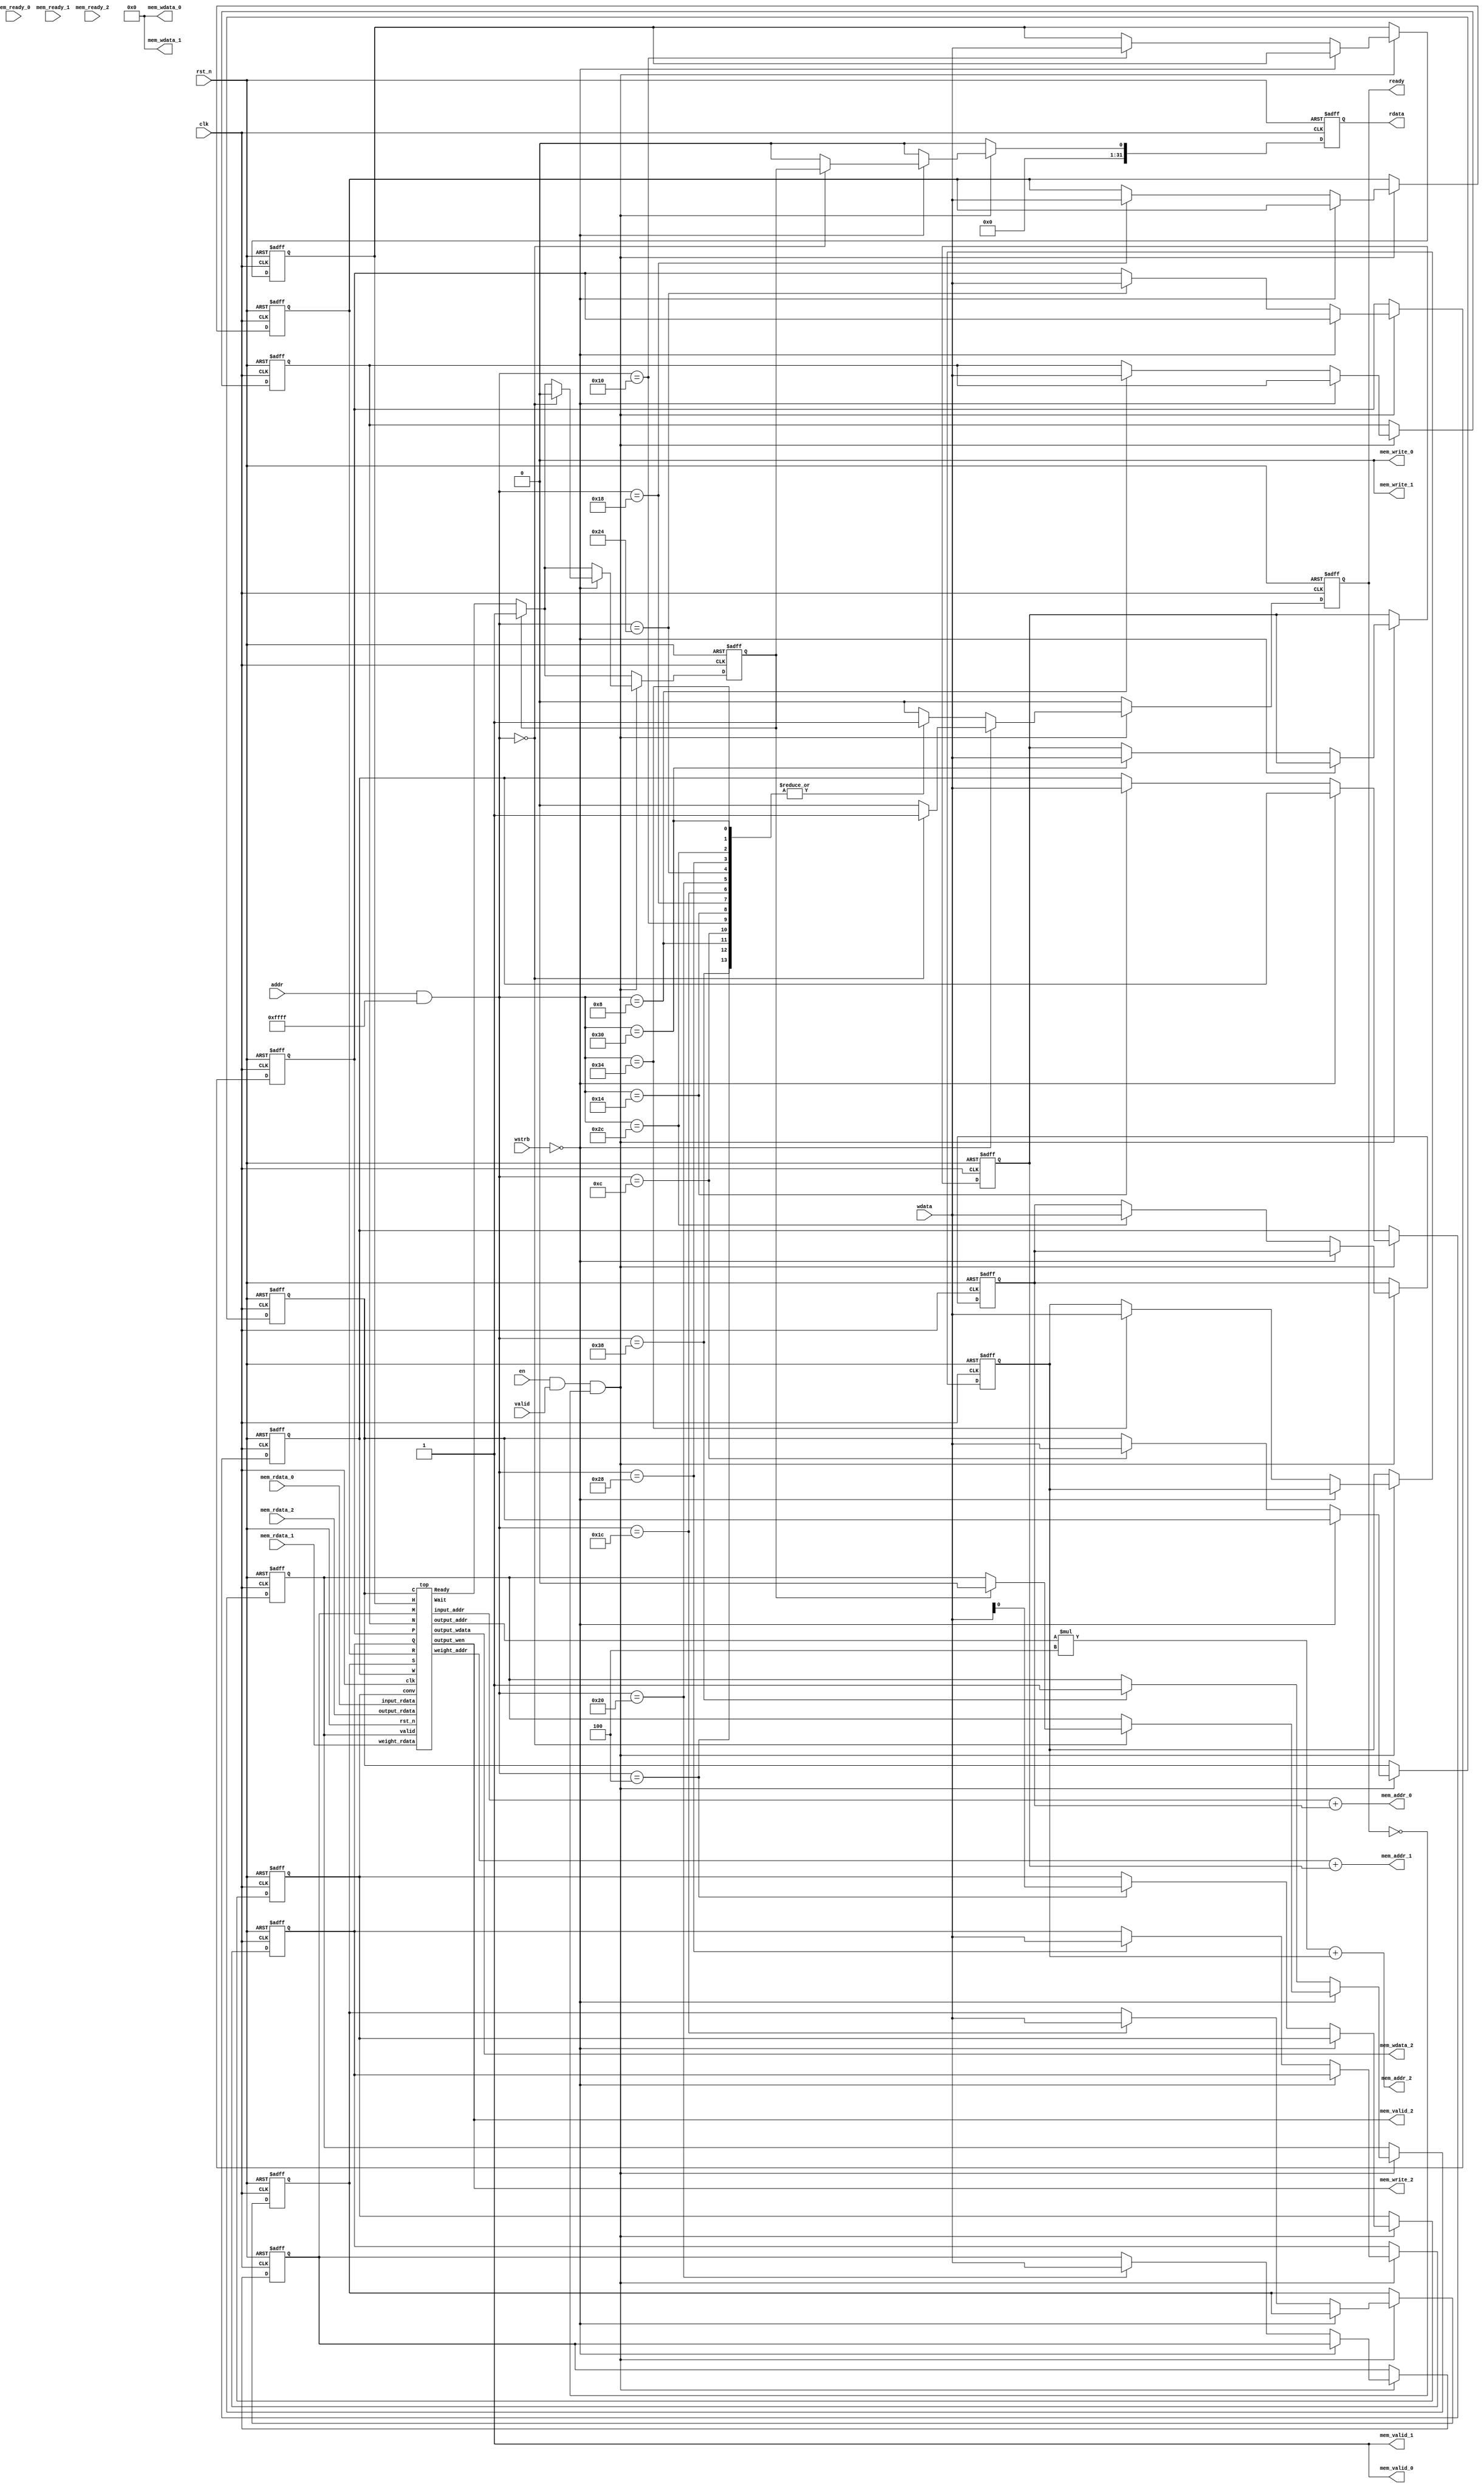
module DNN_MMAP (
    input clk,
    input en,
    input rst_n,
    input [31:0] addr,
    input valid,
    input [3:0] wstrb,
    output reg ready,
    input [31:0] wdata,
    output reg [31:0] rdata,
    
    // Memory interface
    input mem_ready_0,            //
    output mem_valid_0,           //
    output [31:0] mem_addr_0,     // input_addr
    input [31:0] mem_rdata_0,     // input_rdata
    output mem_write_0,           // 
    output [31:0] mem_wdata_0,    // 

    input mem_ready_1,            //
    output mem_valid_1,           //
    output [31:0] mem_addr_1,     // weight_addr
    input [31:0] mem_rdata_1,     // weight_rdata
    output mem_write_1,           //
    output [31:0] mem_wdata_1,    //

    input mem_ready_2,            //
    output mem_valid_2,           //
    output [31:0] mem_addr_2,     // output_addr
    input [31:0] mem_rdata_2,     // output_rdata
    output mem_write_2,           // output_wen
    output [31:0] mem_wdata_2     // output_wdata
);

// DNN_MMAP's address mapping
// TODO 0
// Assign your own memory mapping here
// I have defined some addresses which you may use for your accelerator.
// You can add additional addresses if necessary.

// Keep your memory address alligned to 4 bytes, so you won't run into any trouble.
// Each memory address represents 1 byte, so each MMAP mapping jumps at least 4 bytes = 32bits
// e.g. 0x0, 0x4, 0x8, 0xc
parameter DNN_MMAP_BASE = 32'h4000_0000;
parameter DNN_MMAP_RANG = 32'h0000_ffff;
parameter DNN_MMAP_READ_FINISH = 32'h0000_0000;
parameter DNN_MMAP_WRITE_CONV = 32'h0000_0004; // jump 4bytes = 32bits
parameter DNN_MMAP_WRITE_N  =   32'h0000_0008;
parameter DNN_MMAP_WRITE_C  =   32'h0000_000c;
parameter DNN_MMAP_WRITE_H  =   32'h0000_0010;
parameter DNN_MMAP_WRITE_W  =   32'h0000_0014;
parameter DNN_MMAP_WRITE_R  =   32'h0000_0018;
parameter DNN_MMAP_WRITE_S  =   32'h0000_001c;
parameter DNN_MMAP_WRITE_M  =   32'h0000_0020;
parameter DNN_MMAP_WRITE_P  =   32'h0000_0024;
parameter DNN_MMAP_WRITE_Q  =   32'h0000_0028;
parameter DNN_MMAP_INPUT_OFFSET	 = 32'h0000_002c;
parameter DNN_MMAP_WEIGHT_OFFSET = 32'h0000_0030;
parameter DNN_MMAP_OUTPUT_OFFSET = 32'h0000_0034;
parameter DNN_MMAP_WRITE_START   = 32'h0000_0038;

// Accelerator register
reg start, conv, finish;
reg [31:0] N, C, H, W, R, S, M, P, Q;
reg [31:0] input_offset, weight_offset, output_offset;
wire Ready;

// Internal masked address
wire [31:0] dnn_addr;
assign dnn_addr = (addr) & DNN_MMAP_RANG;

// Accelerator memory port
wire [15:0] input_addr, weight_addr, output_addr;
wire [31:0] output_rdata, output_wdata;
wire [31:0] input_rdata, weight_rdata;
wire output_wen;

// Memory port 1
// TODO 1
// This is for input data in memory.
// The following assignments are for demonstration.
// You need to assign the correct values.
assign mem_valid_0 = 1;
assign mem_addr_0 = input_addr + input_offset;
assign mem_write_0 = 0;
assign mem_wdata_0 = 0;
assign input_rdata = mem_rdata_0;

// Memory port 2
// TODO 2
// This is for weight data in memory.
// The following assignments are for demonstration.
// You need to assign the correct values.
assign mem_valid_1 = 1;
assign mem_addr_1 = weight_addr + weight_offset;
assign mem_write_1 = 0;
assign mem_wdata_1 = 0;
assign weight_rdata = mem_rdata_1;

// Memory port 3
// TODO 3
// This is for output data in memory.
// The following assignments are for demonstration.
// You need to assign the correct values.
// Hint: Since the read/write data is 32bits,
// this memory address will be different to mem_addr_0 and mem_addr_1.
assign mem_valid_2 = output_wen;
assign mem_addr_2 = output_addr*4 + output_offset;
assign mem_write_2 = output_wen;
assign mem_wdata_2 = output_wdata;
assign output_rdata = mem_rdata_2;

/**
 *	This block handles the MMAP request.
 *
 *	Signal description:
 *	[31:0] addr:	MMAP request address
 *	[31:0] wdata:	Data write from master
 *	[31:0] rdata:	Data read from module
 *	[3:0] wstrb:	each bit enables 8-bit write to the 32-bit data
 *	valid:		MMAP request from master
 *	ready:		MMAP request is handled
 */
always @(posedge clk or negedge rst_n)
begin
    if (!rst_n) begin
        start <= 0;
        ready <= 0;
        finish <= 0;
        conv <= 0;
        N <= 0;
        C <= 0;
        H <= 0; 
        W <= 0;
        R <= 0;
        S <= 0;
        M <= 0;
        P <= 0;
        Q <= 0;
        input_offset <= 0;
        weight_offset <= 0;
        output_offset <= 0;
        rdata <= 0;
    end else begin
        start <= start;
        ready <= 0;
        finish <= (finish == 0) ? Ready : 1;
        conv <= conv;
        N <= N;
        C <= C;
        H <= H;
        W <= W;
        R <= R;
        S <= S;
        M <= M;
        P <= P;
        Q <= Q;
        input_offset <= input_offset;
        weight_offset <= weight_offset;
        output_offset <= output_offset;
        rdata <= 0;
        if (en && valid && !ready) begin
            if (!wstrb) begin   //read
                case (dnn_addr)
		            // TODO 4
                    // Implement your MMAP read routine here
                    DNN_MMAP_READ_FINISH: begin
                        rdata <= finish;
                        ready <= 1;
                        finish <= (finish == 1) ? 0 : finish;
                        start <= (finish == 1) ? 0 : start;
                    end
                    default: $display("DNN_MMAP: read invalid reg: %h(%h)", dnn_addr, addr);
                endcase
            end else begin      //write
                case (dnn_addr)
		            // TODO 5
                    // Implement your MMAP write routine here
                    DNN_MMAP_WRITE_CONV: begin
                        conv <= wdata[0];
                        ready <= 1;
                    end

                    DNN_MMAP_WRITE_N: begin
                        N <= wdata;
                        ready <= 1;
                    end

                    DNN_MMAP_WRITE_C: begin
                        C <= wdata;
                        ready <= 1;
                    end

                    DNN_MMAP_WRITE_H: begin
                        H <= wdata;
                        ready <= 1;
                    end

                    DNN_MMAP_WRITE_W: begin
                        W <= wdata;
                        ready <= 1;
                    end

                    DNN_MMAP_WRITE_R: begin
                        R <= wdata;
                        ready <= 1;
                    end

                    DNN_MMAP_WRITE_S: begin
                        S <= wdata;
                        ready <= 1;
                    end

                    DNN_MMAP_WRITE_M: begin
                        M <= wdata;
                        ready <= 1;
                    end

                    DNN_MMAP_WRITE_P: begin
                        P <= wdata;
                        ready <= 1;
                    end

                    DNN_MMAP_WRITE_Q: begin
                        Q <= wdata;
                        ready <= 1;
                    end

                    DNN_MMAP_INPUT_OFFSET: begin
                        input_offset <= wdata;
                        ready <= 1;
                    end

                    DNN_MMAP_WEIGHT_OFFSET: begin
                        weight_offset <= wdata;
                        ready <= 1;
                    end

                    DNN_MMAP_OUTPUT_OFFSET: begin
                        output_offset <= wdata;
                        ready <= 1;
                    end
                    DNN_MMAP_WRITE_START: begin
                        ready <= 1;
                        start <= 1;
                    end

                    default: $display("DNN_MMAP: write invalid reg: %h(%h)", dnn_addr, addr);
                endcase
            end
        end
    end
end

// your homework 3 design
top top01(
    .clk(clk),
    .rst_n(rst_n),
    .valid(start),
    .conv(conv),
    .Wait(), // we only use in pcpi
    .Ready(Ready),
    .input_addr(input_addr),
    .input_rdata(input_rdata),
    .weight_addr(weight_addr),
    .weight_rdata(weight_rdata),
    .output_wen(output_wen),
    .output_addr(output_addr),
    .output_rdata(output_rdata),
    .output_wdata(output_wdata),
    .N(N),
    .C(C),
    .H(H),
    .W(W),
    .R(R),
    .S(S),
    .M(M),
    .P(P),
    .Q(Q)
);

endmodule

// TODO 6

`define init 8'd0 
`define set1 8'd1
`define set2_get1 8'd2
`define set3_get2 8'd3
`define set4_get3 8'd4
`define get4 8'd5
`define dummy1 8'd6
`define dummy2 8'd7
`define loop1 8'd8
`define loop2 8'd9
`define loop3 8'd10
`define loop4 8'd11
`define wait_to_finish 8'd41
`define last 8'd42
`define done 8'd43

`define clk1 8'd12
`define clk2 8'd13
`define clk3 8'd14
`define clk4 8'd15
`define clk5 8'd16
`define clk6 8'd17
`define clk7 8'd18
`define stl1 8'd22
`define stl2 8'd23
`define idle 8'd24
`define send1 8'd25
`define send2 8'd26
`define send3 8'd27
`define send4 8'd28
`define send5 8'd29
`define send6 8'd30
`define send7 8'd31
`define send8 8'd32
`define send9 8'd33
`define send10 8'd34
`define send11 8'd35
`define send12 8'd36
`define send13 8'd37
`define send14 8'd38
`define send15 8'd39
`define send16 8'd40

`define fc 1'b0
`define conv 1'b1


module top (
    input clk,
    input rst_n,
    input valid,
    input conv,
    output reg Wait,
    output reg Ready,
    output reg [15:0] input_addr,
    input [31:0] input_rdata,
    output reg [15:0] weight_addr,
    input [31:0] weight_rdata,
    output reg output_wen,
    output reg [15:0] output_addr,
    input signed [31:0] output_rdata,
    output reg signed [31:0] output_wdata,
    input [31:0] N,
    input [31:0] C,
    input [31:0] H,
    input [31:0] W,
    input [31:0] R,
    input [31:0] S,
    input [31:0] M,
    input [31:0] P,
    input [31:0] Q
);

    // state 
    reg [7:0] state, next_state;

    // 8 buffer -> 4 row & 4 col
    reg signed [31:0] next_row1_buf, next_row2_buf, next_row3_buf, next_row4_buf; 
    reg signed [31:0] row1_buf, row2_buf, row3_buf, row4_buf; 
    reg signed [31:0] next_col1_buf, next_col2_buf, next_col3_buf, next_col4_buf; 
    reg signed [31:0] col1_buf, col2_buf, col3_buf, col4_buf; 
    reg [15:0] output_addr_, next_output_addr;

    // output data storage
    reg signed [31:0] sa1, sa2, sa3, sa4, sa5, sa6, sa7, sa8, sa9, sa10, sa11, sa12, sa13, sa14, sa15, sa16;
    reg signed [31:0] next_sa1, next_sa2, next_sa3, next_sa4, next_sa5, next_sa6, next_sa7, next_sa8, next_sa9, next_sa10, next_sa11, next_sa12, next_sa13, next_sa14, next_sa15, next_sa16;
    wire signed [31:0] _sa1, _sa2, _sa3, _sa4, _sa5, _sa6, _sa7, _sa8, _sa9, _sa10, _sa11, _sa12, _sa13, _sa14, _sa15, _sa16;

    // cnt for input & weight
    // cnt for channel 
    // num of weight kernel
    reg [15:0] ch, next_ch;
    reg [15:0] ip_r, ip_c, next_ip_r, next_ip_c; 
    reg [15:0] wt_r, wt_c, next_wt_r, next_wt_c, wt_num, next_wt_num;

    // output w state
    reg [7:0] opw_state, next_opw_state;

    // first round
    reg [5:0] first_round, next_first_round;

    // -----------------------------------------------------------------------------------
    // flag
    reg flag, next_flag;
    always @(*) begin
        next_flag = flag;
        if (state == `init) begin
            next_flag = 0;
        end
        else if (state == `loop4) begin
            next_flag = 1;
        end
    end
    always @(posedge clk, negedge rst_n) begin
        if (rst_n == 0) begin
            flag = 0;
        end
        else begin
            flag = next_flag;
        end
    end

    // -----------------------------------------------------------------------------------

    // row1 buffer
    always @(*) begin
        if (state == `set2_get1 || state == `loop2) begin
            if (conv == `conv) begin
                if (ip_c == 16'd24) begin
                    next_row1_buf = {24'd0, input_rdata[7:0]};
                end
                else begin
                    next_row1_buf = input_rdata;
                end
            end
            else begin
                next_row1_buf = input_rdata;
            end
        end
        else if (state == `dummy1 || state == `dummy2 || state == `loop1
        || state == `loop3 || state == `loop4 || opw_state == `stl1) begin
            next_row1_buf = {8'b00000000, row1_buf[31:8]};
        end
        else begin
            next_row1_buf = row1_buf;
        end
    end

    // row2 buffer
    always @(*) begin
        if (state == `set3_get2 || state == `loop3) begin
            if (conv == `conv) begin
                if (ip_c == 16'd24) begin
                    next_row2_buf = {24'd0, input_rdata[7:0]};
                end
                else begin
                    next_row2_buf = input_rdata;
                end
            end
            else begin
                next_row2_buf = input_rdata;
            end
        end
        else if (state == `dummy2 || state == `loop1
        || state == `loop2 || state == `loop4 || opw_state == `stl1 || opw_state == `stl2) begin
            next_row2_buf = {8'b00000000, row2_buf[31:8]};
        end
        else begin
            next_row2_buf = row2_buf;
        end
    end

    // row3 buffer
    always @(*) begin
        if (state == `set4_get3 || state == `loop4) begin
            if (conv == `conv) begin
                if (ip_c == 16'd24) begin
                    next_row3_buf = {24'd0, input_rdata[7:0]};
                end
                else begin
                    next_row3_buf = input_rdata;
                end
            end
            else begin
                next_row3_buf = input_rdata;
            end
        end
        else if (state == `loop1 || state == `loop2 || state == `loop3 || opw_state == `stl1 || opw_state == `stl2 || opw_state == `clk1) begin
            next_row3_buf = {8'b00000000, row3_buf[31:8]};
        end
        else begin
            next_row3_buf = row3_buf;
        end
    end

    // row4 buffer
    always @(*) begin
        if (state == `get4 || (state == `loop1 && flag == 1) || opw_state == `stl1) begin
            if (conv == `conv) begin
                if (ip_c == 16'd0) begin
                    next_row4_buf = {24'd0, input_rdata[7:0]};
                end
                else begin
                    next_row4_buf = input_rdata;
                end
            end
            else begin
                next_row4_buf = input_rdata;
            end
        end
        else if (state == `loop2 || state == `loop3 || state == `loop4 || opw_state == `clk2 || opw_state == `stl2 || opw_state == `clk1) begin
            next_row4_buf = {8'b00000000, row4_buf[31:8]};
        end
        else begin
            next_row4_buf = row4_buf;
        end
    end

    // col1 buffer
    always @(*) begin
        if (state == `set2_get1 || state == `loop2) begin
            if (conv == `conv) begin
                if (wt_r == 16'd24) begin
                    next_col1_buf = {24'd0, weight_rdata[7:0]};
                end
                else begin
                    next_col1_buf = weight_rdata;
                end
            end
            else begin
                next_col1_buf = weight_rdata;
            end
        end
        else if (state == `dummy1 || state == `dummy2 || state == `loop1
        || state == `loop3 || state == `loop4 || opw_state == `stl1) begin
            next_col1_buf = {8'b00000000, col1_buf[31:8]};
        end
        else begin
            next_col1_buf = col1_buf;
        end
    end

    // col2 buffer
    always @(*) begin
        if (state == `set3_get2 || state == `loop3) begin
            if (conv == `conv) begin
                if (wt_r == 16'd24) begin
                    next_col2_buf = {24'd0, weight_rdata[7:0]};
                end
                else begin
                    next_col2_buf = weight_rdata;
                end
            end
            else begin
                next_col2_buf = weight_rdata;
            end
        end
        else if (state == `dummy2 || state == `loop1
        || state == `loop2 || state == `loop4 || opw_state == `stl1 || opw_state == `stl2) begin
            next_col2_buf = {8'b00000000, col2_buf[31:8]};
        end
        else begin
            next_col2_buf = col2_buf;
        end
    end

    // col3 buffer
    always @(*) begin
        if (state == `set4_get3 || state == `loop4) begin
            if (conv == `conv) begin
                if (wt_r == 16'd24) begin
                    next_col3_buf = {24'd0, weight_rdata[7:0]};
                end
                else begin
                    next_col3_buf = weight_rdata;
                end
            end
            else begin
                next_col3_buf = weight_rdata;
            end
        end
        else if (state == `loop1 || state == `loop2 || state == `loop3 || opw_state == `stl1 || opw_state == `stl2 || opw_state == `clk1) begin
            next_col3_buf = {8'b00000000, col3_buf[31:8]};
        end
        else begin
            next_col3_buf = col3_buf;
        end
    end

    // col4 buffer
    always @(*) begin
        if (state == `get4 || (state == `loop1 && flag == 1) || opw_state == `stl1) begin
            if (conv == `conv) begin
                if (wt_r == 16'd0) begin
                    next_col4_buf = {24'd0, weight_rdata[7:0]};
                end
                else begin
                    next_col4_buf = weight_rdata;
                end
            end
            else begin
                next_col4_buf = weight_rdata;
            end
        end
        else if (state == `loop2 || state == `loop3 || state == `loop4 || opw_state == `clk2 || opw_state == `stl2 || opw_state == `clk1) begin
            next_col4_buf = {8'b00000000, col4_buf[31:8]};
        end
        else begin
            next_col4_buf = col4_buf;
        end
    end

    // sequential 
    always @(posedge clk, negedge rst_n) begin
        if (rst_n == 0) begin
            row1_buf = 32'd0;
            col1_buf = 32'd0;
            row2_buf = 32'd0;
            col2_buf = 32'd0;
            row3_buf = 32'd0;
            col3_buf = 32'd0;
            row4_buf = 32'd0;
            col4_buf = 32'd0;
        end
        else begin
            row1_buf = next_row1_buf;
            col1_buf = next_col1_buf;
            row2_buf = next_row2_buf;
            col2_buf = next_col2_buf;
            row3_buf = next_row3_buf;
            col3_buf = next_col3_buf;
            row4_buf = next_row4_buf;
            col4_buf = next_col4_buf;
        end
    end
    // ----------------------------------------------------------------------

    // input address
    always @(*) begin
        input_addr = 16'd0;
        if (conv == `conv) begin
            case (state)
                `set1: begin
                    input_addr = ch * H * W + ip_r * W + ip_c;
                end 
                `set2_get1: begin
                    input_addr = ch * H * W + ip_r * W + ip_c + W;
                end
                `set3_get2: begin
                    input_addr = ch * H * W + ip_r * W + ip_c + 2 * W;
                end
                `set4_get3: begin
                    input_addr = ch * H * W + ip_r * W + ip_c + 3 * W;
                end
                `loop1: begin
                    input_addr = ch * H * W + ip_r * W + ip_c;
                end
                `loop2: begin
                    input_addr = ch * H * W + ip_r * W + ip_c + W;
                end
                `loop3: begin
                    input_addr = ch * H * W + ip_r * W + ip_c + 2 * W;
                end
                `loop4: begin
                    input_addr = ch * H * W + ip_r * W + ip_c + 3 * W;
                end
            endcase
        end
        else begin // fc
            case (state)
                `set1: begin
                    input_addr = ip_r;
                end 
                `set2_get1: begin
                    input_addr = ip_r;
                end
                `set3_get2: begin
                    input_addr = ip_r;
                end
                `set4_get3: begin
                    input_addr = ip_r;
                end
                `loop1: begin
                    input_addr = ip_r;
                end
                `loop2: begin
                    input_addr = ip_r;
                end
                `loop3: begin
                    input_addr = ip_r;
                end
                `loop4: begin
                    input_addr = ip_r;
                end
            endcase
        end
    end

    // -----------------------------------------------------------------------

    // weight address
    always @(*) begin
        weight_addr = 16'd0;
        if (conv == `conv) begin
            case (state)
                `set1: begin
                    weight_addr = wt_num * C * R + ch * R + wt_r;
                end 
                `set2_get1: begin
                    weight_addr = wt_num * C * R + ch * R + wt_r + C * R;
                end
                `set3_get2: begin
                    weight_addr = wt_num * C * R + ch * R + wt_r + 2 * C * R;
                end
                `set4_get3: begin
                    weight_addr = wt_num * C * R + ch * R + wt_r + 3 * C * R;
                end
                `loop1: begin
                    weight_addr = wt_num * C * R + ch * R + wt_r;
                end 
                `loop2: begin
                    weight_addr = wt_num * C * R + ch * R + wt_r + C * R;
                end
                `loop3: begin
                    weight_addr = wt_num * C * R + ch * R + wt_r + 2 * C * R;
                end
                `loop4: begin
                    weight_addr = wt_num * C * R + ch * R + wt_r + 3 * C * R;
                end
            endcase
        end
        else begin
            case (state)
                `set1: begin
                    weight_addr = wt_r * S + wt_c;
                end 
                `set2_get1: begin
                    weight_addr = wt_r * S + wt_c + S;
                end
                `set3_get2: begin
                    weight_addr = wt_r * S + wt_c + 2 * S;
                end
                `set4_get3: begin
                    weight_addr = wt_r * S + wt_c + 3 * S;
                end
                `loop1: begin
                    weight_addr = wt_r * S + wt_c;
                end 
                `loop2: begin
                    weight_addr = wt_r * S + wt_c + S;
                end
                `loop3: begin
                    weight_addr = wt_r * S + wt_c + 2 * S;
                end
                `loop4: begin
                    weight_addr = wt_r * S + wt_c + 3 * S;
                end
            endcase
        end
    end

    // -----------------------------------------------------------------------

    // output address
    always @(*) begin
        next_output_addr = output_addr;
        if (state == `init) begin
            next_output_addr = 16'd0;
        end
        else begin
            if (conv == `conv) begin
                case (opw_state)
                    `send1, `send2, `send3, `send5, `send6, `send7, 
                    `send9, `send10, `send11, `send13, `send14, `send15: begin
                        next_output_addr = output_addr + H;
                    end 
                    `send4, `send8, `send12, `send16: begin
                        if (output_addr == 16'd399 || output_addr == 16'd799 || output_addr == 16'd1199) begin
                            next_output_addr = output_addr + 1;
                        end
                        else begin
                            next_output_addr = output_addr - 3 * H + 1;
                        end
                    end
                endcase
            end
            else begin 
                if (opw_state == `send1 || opw_state == `send6 || opw_state == `send11 || opw_state == `send16) begin
                    next_output_addr = output_addr + 1;
                end
                else begin
                    next_output_addr = output_addr;
                end
            end
        end 
    end
    // sequential
    always @(posedge clk, negedge rst_n) begin
        if (rst_n == 0) begin
            output_addr = 16'd0;
        end
        else begin
            output_addr = next_output_addr;
        end
    end

    // ------------------------------------------------------------------------


    // output wen
    always @(*) begin
        output_wen = 0;
        case (opw_state) 
            `send1, `send2, `send3, `send4, `send5, `send6, `send7, `send8, `send9, `send10, 
            `send11, `send12, `send13, `send14, `send15, `send16: begin
                output_wen = 1;    
            end 
        endcase
    end

    // -------------------------------------------------------------------------


    // --- state ---
    // combinational 
    always @(*) begin
        next_state = state;
        next_ch = ch;
        next_ip_r = ip_r;
        next_ip_c = ip_c;
        next_wt_r = wt_r;
        next_wt_c = wt_c;
        next_wt_num = wt_num;
        case (state)
            `init: begin
                if (valid == 1'b1) begin
                    next_state = `set1;
                end
                else begin
                    next_state = `init;
                end 
                next_ch = 16'd0;
                next_ip_r = 16'd0;
                next_ip_c = 16'd0;
                next_wt_r = 16'd0;
                next_wt_c = 16'd0;
                next_wt_num = 16'd0;
            end
            `set1: begin
                next_state = `set2_get1;
            end
            `set2_get1: begin // get 1
                next_state = `set3_get2;
            end
            `set3_get2: begin // get 2
                next_state = `set4_get3;
            end
            `set4_get3: begin // get 3
                next_state = `get4;
                if (conv == `conv) begin
                    next_ip_c = ip_c + 16'd4;
                    next_wt_r = wt_r + 16'd4;
                end
                else begin
                    next_ip_r = ip_r + 16'd4;
                    next_wt_c = wt_c + 16'd4;
                end
            end
            `get4: begin
                next_state = `dummy1;
            end
            `dummy1: begin
                next_state = `dummy2;
            end
            `dummy2: begin
                next_state = `loop1;
            end
            `loop1: begin
                next_state = `loop2;
            end
            `loop2: begin
                next_state = `loop3;
            end
            `loop3: begin
                next_state = `loop4;
            end
            `loop4: begin
                if (conv == `conv) begin
                    if (ip_c + 4 < W) begin
                        next_ch = ch;
                        next_ip_r = ip_r;
                        next_ip_c = ip_c + 16'd4;
                        next_wt_r = wt_r + 16'd4;
                        next_state = `loop1;
                    end
                    else begin
                        if (ch == C - 1) begin
                            if (ip_r + 4 < H) begin
                                next_ip_r = ip_r + 16'd4;
                                next_ip_c = 16'd0;
                                next_ch = 16'd0;
                                next_wt_r = 16'd0;
                                next_wt_num = wt_num;
                                next_state = `loop1;
                            end
                            else begin
                                if (wt_num + 4 < M) begin
                                    next_ip_r = 16'd0;
                                    next_ip_c = 16'd0;
                                    next_ch = 16'd0;
                                    next_wt_r = 16'd0;
                                    next_wt_num = wt_num + 16'd4;
                                    next_state = `loop1;
                                end
                                else begin
                                    // next_ip_r = 16'd0;
                                    next_ip_c = 16'd0;
                                    next_ch = 16'd0;
                                    next_wt_r = 16'd0;
                                    // next_wt_num = wt_num + 16'd4;
                                    next_state = `wait_to_finish;
                                end
                            end
                        end
                        else begin
                            next_ip_r = ip_r;
                            next_ip_c = 16'd0;
                            next_ch = ch + 16'd1;
                            next_wt_r = 16'd0;
                            next_state = `loop1;
                        end
                    end
                end
                else begin // fc
                    if (ip_r + 4 < H) begin
                        next_ip_r = ip_r + 16'd4;
                        next_wt_c = wt_c + 16'd4;
                        next_wt_r = wt_r;
                        next_state = `loop1;
                    end
                    else begin
                        if (wt_r + 4 < R) begin
                            next_ip_r = 16'd0;
                            next_wt_c = 16'd0;
                            next_wt_r = wt_r + 16'd4;
                            next_state = `loop1;
                        end
                        else begin
                            // next_ip_r = 16'd0;
                            // next_wt_c = 16'd0;
                            // next_wt_r = wt_r + 16'd4;
                            next_state = `wait_to_finish;
                        end
                    end
                end
            end
            `wait_to_finish: begin
                if (opw_state == `send16) begin
                    next_state = `last;
                end
            end
            `last: begin
                next_state = `done;
            end
            `done: begin
                next_state = `init;
            end
        endcase
    end

    // output write data state
    always @(*) begin
        next_opw_state = opw_state;
        case (opw_state)
            `idle: begin
                if (state == `loop4) begin
                    if (conv == `conv) begin
                        if (ip_c + 4 >= W) begin
                            if (ch == C - 1) begin
                                next_opw_state = `stl1;
                            end
                        end
                    end
                    else begin // fc
                        if (ip_r + 4 >= H) begin
                            next_opw_state = `stl1;
                        end
                    end
                end
            end 
            `stl1: begin
                next_opw_state = `stl2;
            end
            `stl2: begin
                next_opw_state = `clk1;
            end
            `clk1: begin
                next_opw_state = `clk2;
            end
            `clk2: begin
                next_opw_state = `clk3;
            end
            `clk3: begin
                next_opw_state = `clk4;
            end
            `clk4: begin
                next_opw_state = `clk5;
            end
            `clk5: begin
                next_opw_state = `clk6;
            end
            `clk6: begin
                next_opw_state = `clk7;
            end
            `clk7: begin
                next_opw_state = `send1;
            end
            `send1: begin
                if (conv == `conv) next_opw_state = `send2;
                else next_opw_state = `send6;
            end
            `send2: begin
                next_opw_state = `send3;
            end
            `send3: begin
                next_opw_state = `send4;
            end
            `send4: begin
                next_opw_state = `send5;
            end
            `send5: begin
                next_opw_state = `send6;
            end
            `send6: begin
                if (conv == `conv) next_opw_state = `send7;
                else next_opw_state = `send11;
            end
            `send7: begin
                next_opw_state = `send8;
            end
            `send8: begin
                next_opw_state = `send9;
            end
            `send9: begin
                next_opw_state = `send10;
            end
            `send10: begin
                next_opw_state = `send11;
            end
            `send11: begin
                if (conv == `conv) next_opw_state = `send12;
                else next_opw_state = `send16;
            end
            `send12: begin
                next_opw_state = `send13;
            end
            `send13: begin
                next_opw_state = `send14;
            end
            `send14: begin
                next_opw_state = `send15;
            end
            `send15: begin
                next_opw_state = `send16;
            end
            `send16: begin
                next_opw_state = `idle;
            end
        endcase
    end

    // sequential
    always @(posedge clk, negedge rst_n) begin
        if (rst_n == 0) begin
            state = `init;
            opw_state = `idle;
            ch = 16'd0;
            ip_r = 16'd0;
            ip_c = 16'd0;
            wt_r = 16'd0;
            wt_c = 16'd0;
            wt_num = 16'd0;
        end
        else begin
            state = next_state;
            opw_state = next_opw_state;
            ch = next_ch;
            ip_r = next_ip_r;
            ip_c = next_ip_c;
            wt_r = next_wt_r;
            wt_c = next_wt_c;
            wt_num = next_wt_num;
        end
    end



    // -------------------------------------------------------
    // ready & wait
    always @(*) begin
        if (state == `done) begin
            Ready = 1;
            Wait = 1;
        end
        else begin
            Ready = 0;
            Wait = 0;
        end
    end

    // -------------------------------------------------------
    // first round
    always @(*) begin
        if (state == `init) begin
            next_first_round = 6'd0;
        end
        else if (state == `get4 || opw_state == `stl2) begin
            next_first_round = 6'd1;
        end
        else begin
            if (first_round == 6'd8) begin
                next_first_round = first_round;
            end
            else begin
                next_first_round = first_round + 6'd1;
            end
        end
    end
    always @(posedge clk, negedge rst_n) begin
        if (rst_n == 0) begin
            first_round = 6'd0;
        end
        else begin
            first_round = next_first_round;
        end
    end

    // -------------------------------------------------------
    SA systolic_array(
    .clk(clk), .rst_n(rst_n), .first_round(first_round),
    .r1(row1_buf[7:0]), .r2(row2_buf[7:0]), .r3(row3_buf[7:0]), .r4(row4_buf[7:0]),
    .c1(col1_buf[7:0]), .c2(col2_buf[7:0]), .c3(col3_buf[7:0]), .c4(col4_buf[7:0]),
    .sa1(_sa1), .sa2(_sa2), .sa3(_sa3), .sa4(_sa4), .sa5(_sa5), .sa6(_sa6), .sa7(_sa7), .sa8(_sa8),
    .sa9(_sa9), .sa10(_sa10), .sa11(_sa11), .sa12(_sa12), .sa13(_sa13), .sa14(_sa14), .sa15(_sa15), .sa16(_sa16)
    );

    always @(*) begin
        next_sa1 = sa1;
        next_sa2 = sa2;
        next_sa3 = sa3;
        next_sa4 = sa4;
        next_sa5 = sa5;
        next_sa6 = sa6;
        next_sa7 = sa7;
        next_sa8 = sa8;
        next_sa9 = sa9;
        next_sa10 = sa10;
        next_sa11 = sa11;
        next_sa12 = sa12;
        next_sa13 = sa13;
        next_sa14 = sa14;
        next_sa15 = sa15;
        next_sa16 = sa16;
        case (opw_state)
            `clk1: begin
                next_sa1 = _sa1;
            end 
            `clk2: begin
                next_sa2 = _sa2;
                next_sa5 = _sa5;
            end 
            `clk3: begin
                next_sa3 = _sa3;
                next_sa6 = _sa6;
                next_sa9 = _sa9;
            end 
            `clk4: begin
                next_sa4 = _sa4;
                next_sa7 = _sa7;
                next_sa10 = _sa10;
                next_sa13 = _sa13;
            end 
            `clk5: begin
                next_sa8 = _sa8;
                next_sa11 = _sa11;
                next_sa14 = _sa14;
            end 
            `clk6: begin
                next_sa12 = _sa12;
                next_sa15 = _sa15;
            end 
            `clk7: begin
                next_sa16 = _sa16;
            end  
        endcase
    end

    always @(posedge clk, negedge rst_n) begin
        if (rst_n == 0) begin
            sa1 = 32'd0;
            sa2 = 32'd0;
            sa3 = 32'd0;
            sa4 = 32'd0;
            sa5 = 32'd0;
            sa6 = 32'd0;
            sa7 = 32'd0;
            sa8 = 32'd0;
            sa9 = 32'd0;
            sa10 = 32'd0;
            sa11 = 32'd0;
            sa12 = 32'd0;
            sa13 = 32'd0;
            sa14 = 32'd0;
            sa15 = 32'd0;
            sa16 = 32'd0;
        end
        else begin
            sa1 = next_sa1;
            sa2 = next_sa2;
            sa3 = next_sa3;
            sa4 = next_sa4;
            sa5 = next_sa5;
            sa6 = next_sa6;
            sa7 = next_sa7;
            sa8 = next_sa8;
            sa9 = next_sa9;
            sa10 = next_sa10;
            sa11 = next_sa11;
            sa12 = next_sa12;
            sa13 = next_sa13;
            sa14 = next_sa14;
            sa15 = next_sa15;
            sa16 = next_sa16;
        end
    end

// ----------------------------------------------------------

    // output_wdata TODO
    always @(*) begin
        output_wdata = 32'd0;
        case (opw_state)
            `send1: begin
                output_wdata = sa1;
            end
            `send2: begin
                output_wdata = sa2;
            end
            `send3: begin
                output_wdata = sa3;
            end
            `send4: begin
                output_wdata = sa4;
            end
            `send5: begin
                output_wdata = sa5;
            end
            `send6: begin
                output_wdata = sa6;
            end
            `send7: begin
                output_wdata = sa7;
            end
            `send8: begin
                output_wdata = sa8;
            end
            `send9: begin
                output_wdata = sa9;
            end
            `send10: begin
                output_wdata = sa10;
            end
            `send11: begin
                output_wdata = sa11;
            end
            `send12: begin
                output_wdata = sa12;
            end
            `send13: begin
                output_wdata = sa13;
            end
            `send14: begin
                output_wdata = sa14;
            end
            `send15: begin
                output_wdata = sa15;
            end
            `send16: begin
                output_wdata = sa16;
            end
        endcase
    end
endmodule

module SA (
    clk, rst_n, first_round, r1, r2, r3, r4, c1, c2, c3, c4,
    sa1, sa2, sa3, sa4, sa5, sa6, sa7, sa8, sa9, sa10, sa11, sa12, sa13,
    sa14, sa15, sa16
);

    input clk;
    input rst_n;
    input [5:0] first_round;
    input signed [7:0] r1, r2, r3, r4;
    input signed [7:0] c1, c2, c3, c4;

    // systolic array stored value
    output reg signed [31:0] sa1, sa2, sa3, sa4, sa5, sa6, sa7, sa8, sa9, sa10, sa11, sa12, sa13, sa14, sa15, sa16;
    reg signed [31:0] next_sa1, next_sa2, next_sa3, next_sa4, next_sa5, next_sa6, next_sa7, next_sa8, next_sa9, next_sa10, next_sa11, next_sa12, next_sa13, next_sa14, next_sa15, next_sa16;

    // systolic array output (row & column)
    reg signed [7:0] sa1_r, sa1_c, sa2_r, sa2_c, sa3_r, sa3_c, sa4_r, sa4_c, sa5_r, sa5_c, sa6_r, sa6_c, sa7_r, sa7_c, sa8_r, sa8_c;
    reg signed [7:0] sa9_r, sa9_c, sa10_r, sa10_c, sa11_r, sa11_c, sa12_r, sa12_c, sa13_r, sa13_c, sa14_r, sa14_c, sa15_r, sa15_c, sa16_r, sa16_c;
    reg signed [7:0] next_sa1_r, next_sa1_c, next_sa2_r, next_sa2_c, next_sa3_r, next_sa3_c, next_sa4_r, next_sa4_c, next_sa5_r, next_sa5_c, next_sa6_r, next_sa6_c, next_sa7_r, next_sa7_c, next_sa8_r, next_sa8_c;
    reg signed [7:0] next_sa9_r, next_sa9_c, next_sa10_r, next_sa10_c, next_sa11_r, next_sa11_c, next_sa12_r, next_sa12_c, next_sa13_r, next_sa13_c, next_sa14_r, next_sa14_c, next_sa15_r, next_sa15_c, next_sa16_r, next_sa16_c;

    // combinational
    always @(*) begin
        // sa1
        next_sa1_r = r1;
        next_sa1_c = c1;
        if (first_round == 6'd1) begin
            next_sa1 = r1 * c1;
        end
        else begin
            next_sa1 = sa1 + r1 * c1;
        end

        // sa2
        next_sa2_r = sa1_r;
        next_sa2_c = c2;
        if (first_round == 6'd2) begin
            next_sa2 = sa1_r * c2;
        end
        else begin
            next_sa2 = sa2 + sa1_r * c2;
        end

        // sa3
        next_sa3_r = sa2_r;
        next_sa3_c = c3;
        if (first_round == 6'd3) begin
            next_sa3 = sa2_r * c3;
        end
        else begin
            next_sa3 = sa3 + sa2_r * c3;
        end
        

        // sa4
        next_sa4_r = sa3_r;
        next_sa4_c = c4;
        if (first_round == 6'd4) begin
            next_sa4 = sa3_r * c4;
        end
        else begin
            next_sa4 = sa4 + sa3_r * c4;
        end
        

        // sa5
        next_sa5_r = r2;
        next_sa5_c = sa1_c;
        if (first_round == 6'd2) begin
            next_sa5 = r2 * sa1_c;
        end
        else begin
            next_sa5 = sa5 + r2 * sa1_c;
        end
        

        // sa6
        next_sa6_r = sa5_r;
        next_sa6_c = sa2_c;
        if (first_round == 6'd3) begin
            next_sa6 = sa5_r * sa2_c;
        end
        else begin
            next_sa6 = sa6 + sa5_r * sa2_c;
        end
        

        // sa7
        next_sa7_r = sa6_r;
        next_sa7_c = sa3_c;
        if (first_round == 6'd4) begin
            next_sa7 = sa6_r * sa3_c;
        end
        else begin
            next_sa7 = sa7 + sa6_r * sa3_c;
        end    

        // sa8
        next_sa8_r = sa7_r;
        next_sa8_c = sa4_c;
        if (first_round == 6'd5) begin
            next_sa8 = sa7_r * sa4_c;
        end
        else begin
            next_sa8 = sa8 + sa7_r * sa4_c;
        end

        // sa9
        next_sa9_r = r3;
        next_sa9_c = sa5_c;
        if (first_round == 6'd3) begin
            next_sa9 = r3 * sa5_c;
        end
        else begin
            next_sa9 = sa9 + r3 * sa5_c;
        end

        // sa10
        next_sa10_r = sa9_r;
        next_sa10_c = sa6_c;
        if (first_round == 6'd4) begin
            next_sa10 = sa9_r * sa6_c;
        end
        else begin
            next_sa10 = sa10 + sa9_r * sa6_c;
        end

        // sa11
        next_sa11_r = sa10_r;
        next_sa11_c = sa7_c;
        if (first_round == 6'd5) begin
            next_sa11 = sa10_r * sa7_c;
        end
        else begin
            next_sa11 = sa11 + sa10_r * sa7_c;
        end

        // sa12
        next_sa12_r = sa11_r;
        next_sa12_c = sa8_c;
        if (first_round == 6'd6) begin
            next_sa12 = sa11_r * sa8_c;
        end
        else begin
            next_sa12 = sa12 + sa11_r * sa8_c;
        end

        // sa13
        next_sa13_r = r4;
        next_sa13_c = sa9_c;
        if (first_round == 6'd4) begin
            next_sa13 = r4 * sa9_c;
        end
        else begin
            next_sa13 = sa13 + r4 * sa9_c;
        end

        // sa14
        next_sa14_r = sa13_r;
        next_sa14_c = sa10_c;
        if (first_round == 6'd5) begin
            next_sa14 = sa13_r * sa10_c;
        end
        else begin
            next_sa14 = sa14 + sa13_r * sa10_c;
        end


        // sa15
        next_sa15_r = sa14_r;
        next_sa15_c = sa11_c;
        if (first_round == 6'd6) begin
            next_sa15 = sa14_r * sa11_c;
        end
        else begin
            next_sa15 = sa15 + sa14_r * sa11_c;
        end

        // sa16
        next_sa16_r = sa15_r;
        next_sa16_c = sa12_c;
        if (first_round == 6'd7) begin
            next_sa16 = sa15_r * sa12_c;
        end
        else begin
            next_sa16 = sa16 + sa15_r * sa12_c;
        end
    end

    // sequential
    // sa, sa_r, sa_c
    always @(posedge clk, negedge rst_n) begin
        if (rst_n == 0) begin
            // sa
            sa1 = 32'd0;
            sa2 = 32'd0;
            sa3 = 32'd0;
            sa4 = 32'd0;
            sa5 = 32'd0;
            sa6 = 32'd0;
            sa7 = 32'd0;
            sa8 = 32'd0;
            sa9 = 32'd0;
            sa10 = 32'd0;
            sa11 = 32'd0;
            sa12 = 32'd0;
            sa13 = 32'd0;
            sa14 = 32'd0;
            sa15 = 32'd0;
            sa16 = 32'd0;

            // sa_c
            sa1_c = 8'd0;
            sa2_c = 8'd0;
            sa3_c = 8'd0;
            sa4_c = 8'd0;
            sa5_c = 8'd0;
            sa6_c = 8'd0;
            sa7_c = 8'd0;
            sa8_c = 8'd0;
            sa9_c = 8'd0;
            sa10_c = 8'd0;
            sa11_c = 8'd0;
            sa12_c = 8'd0;
            sa13_c = 8'd0;
            sa14_c = 8'd0;
            sa15_c = 8'd0;
            sa16_c = 8'd0;

            // sa_r
            sa1_r = 8'd0;
            sa2_r = 8'd0;
            sa3_r = 8'd0;
            sa4_r = 8'd0;
            sa5_r = 8'd0;
            sa6_r = 8'd0;
            sa7_r = 8'd0;
            sa8_r = 8'd0;
            sa9_r = 8'd0;
            sa10_r = 8'd0;
            sa11_r = 8'd0;
            sa12_r = 8'd0;
            sa13_r = 8'd0;
            sa14_r = 8'd0;
            sa15_r = 8'd0;
            sa16_r = 8'd0;

        end
        else begin
            // sa
            sa1 = next_sa1;
            sa2 = next_sa2;
            sa3 = next_sa3;
            sa4 = next_sa4;
            sa5 = next_sa5;
            sa6 = next_sa6;
            sa7 = next_sa7;
            sa8 = next_sa8;
            sa9 = next_sa9;
            sa10 = next_sa10;
            sa11 = next_sa11;
            sa12 = next_sa12;
            sa13 = next_sa13;
            sa14 = next_sa14;
            sa15 = next_sa15;
            sa16 = next_sa16;

            // sa_c
            sa1_c = next_sa1_c;
            sa2_c = next_sa2_c;
            sa3_c = next_sa3_c;
            sa4_c = next_sa4_c;
            sa5_c = next_sa5_c;
            sa6_c = next_sa6_c;
            sa7_c = next_sa7_c;
            sa8_c = next_sa8_c;
            sa9_c = next_sa9_c;
            sa10_c = next_sa10_c;
            sa11_c = next_sa11_c;
            sa12_c = next_sa12_c;
            sa13_c = next_sa13_c;
            sa14_c = next_sa14_c;
            sa15_c = next_sa15_c;
            sa16_c = next_sa16_c;

            // sa_r
            sa1_r = next_sa1_r;
            sa2_r = next_sa2_r;
            sa3_r = next_sa3_r;
            sa4_r = next_sa4_r;
            sa5_r = next_sa5_r;
            sa6_r = next_sa6_r;
            sa7_r = next_sa7_r;
            sa8_r = next_sa8_r;
            sa9_r = next_sa9_r;
            sa10_r = next_sa10_r;
            sa11_r = next_sa11_r;
            sa12_r = next_sa12_r;
            sa13_r = next_sa13_r;
            sa14_r = next_sa14_r;
            sa15_r = next_sa15_r;
            sa16_r = next_sa16_r;
        end
    end 
endmodule